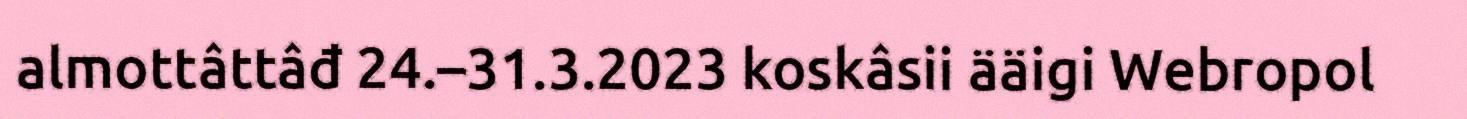
almottâttâđ 24.–31.3.2023 koskâsii ääigi Webropol